Annual report of the Punjab Veterinary College and of the Civil Veterinary Department, Punjab - 1926-1932
Year: 1926
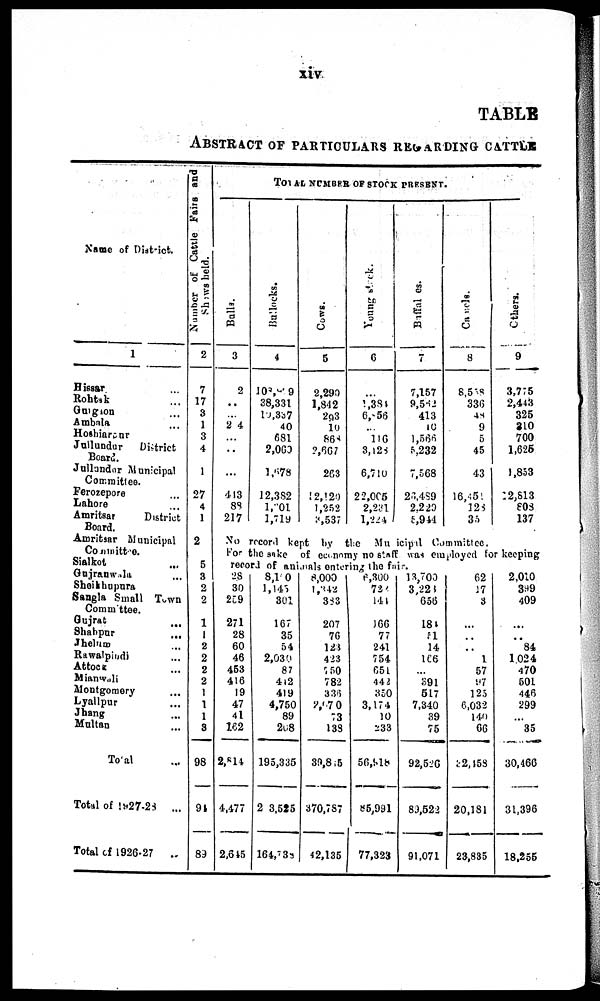
xiv
TABLE
ABSTRACT OF PARTICULARS REGARDING CATTLE
Name of District.
1
Hissar ...
Rohtak ...
Gurgaon ...
Ambala ...
Hoshiarpur
Jullundur
District
Board.
Jullundur Municipal
Committee.
Ferozepore ...
Lahore ...
Amritsar
District
Board.
Amritsar Municipal
Committee.
Sialkot
...
Gujranwala ...
Sheikhupura
Sangla Small Town
Committee.
Gujrat ...
Shahpur ...
Jhelum ...
Rawalpindi ...
Attock ...
Mianwali
Montgomery ...
Lyallpur ...
Jhang ...
Multan ...
Total ...
Total of 1927-28 ...
Total of 1926-27
..
Number of Cattle Fairs and
Shows held.
2
7
17
3
1
3
4
1
27
4
1
2
5
3
2
2
1
1
2
2
2
2
1
1
1
3
98
94
89
TOTAL NUMBER OF STOCK PRESENT.
Bulls.
3
2
...
2 4
...
...
. ..
...
413
88
217
Bullocks.
4
108, 9
38,331
10,337
40
681
2,060
1,678
12,382
l,20l
1,719
Cows.
5
2,290
1,842
293
10
868
2,667
263
12,120
1,252
3,537
Young stock.
6
1,384
6, 56
...
116
3,128
6,710
22,005
2,231
1,224
Buffaloes.
7
7,157
9,562
413
10
1,566
5,232
7,568
26,489
2,229
5,944
Cauels.
8
8,558
336
48
9
5
45
43
16,451
128
35
Others.
9
3,775
2,443
325
210
700
1,625
1,853
12,813
808
137
No record kept by the Municipal Committee.
For the sake of economy no staff was employed for keeping
record of animals entering the fair.
28
30
259
271
28
60
46
453
416
19
47
41
162
2,814
4,477
2,645
8,1 0
1,145
301
167
35
54
2,030
87
412
419
4,750
89
208
195,335
2 3,525
164,738
8,000
1,342
383
207
76
123
423
750
782
336
2,670
73
138
30,8 5
370,787
42,135
6,300
724
141
166
77
241
754
651
442
350
3,174
10
233
56,918
86,991
77,323
13,700
3,228
656
184
51
14
166
…
391
517
7,340
39
75
92,526
89,522
91,071
62
17
3
…
..
..
1
57
97
125
6,032
140
66
32,458
20,181
23,835
2,010
399
409
…
..
84
1024
470
501
446
299
...
35
30,466
31,396
18,255